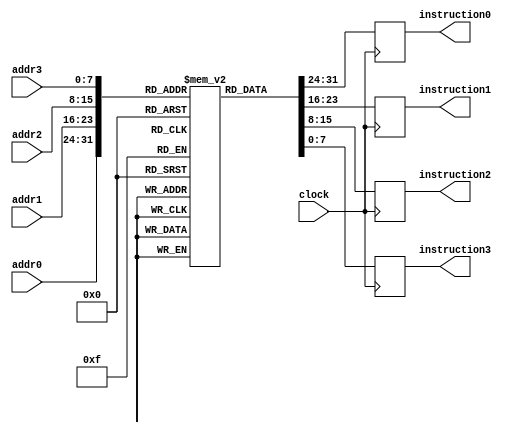
module instruction_memory_mod(
input clock,
input [7:0] addr0,addr1,addr2,addr3,
output reg [7:0] instruction0,instruction1,instruction2,instruction3 );

reg [7:0] ram [255:0];

parameter EN0 =8'd3;
parameter EN1 =8'd4;
parameter EN2 =8'd5;
parameter EN3 =8'd6;
parameter ENALL =8'd7;
parameter RSTALL =8'd8;
parameter LODAC =8'd9;
parameter MACCI =8'd11;
parameter MACCJ =8'd12;
parameter MACCK =8'd13;
parameter MVSKR =8'd14;
parameter MVSIR =8'd15;
parameter MVSJR =8'd16;
parameter MCIAC =8'd17;
parameter MCJAC =8'd18;
parameter MCKAC =8'd19;
parameter MAAAR =8'd20;
parameter MVACR =8'd21;
parameter MABAR =8'd22;
parameter MTACR =8'd23;
parameter MACTA =8'd24;
parameter MVRAC =8'd25;
parameter MADAR =8'd26;
parameter STOAC =8'd27;
parameter RSTAC =8'd28;
parameter RSTSJ =8'd29;
parameter RSTSK =8'd30;
parameter INCSI =8'd31;
parameter INCSJ =8'd32;
parameter INCSK =8'd33;
parameter SUBTR =8'd34;
parameter MULTI =8'd35;
parameter ADDIT =8'd36;
parameter END =8'd38;
parameter JUMNZ =8'd40;

initial begin
ram[0]=RSTALL;
ram[1]=LODAC;
ram[2]=MACCI;
ram[3]=LODAC;
ram[4]=MACCJ;
ram[5]=LODAC;
ram[6]=MACCK;

ram[7]=EN0;
ram[8]=MAAAR;
ram[9]=LODAC;
ram[10]=MVACR;
ram[11]=MABAR;
ram[12]=LODAC;

ram[13]=ENALL;
ram[14]=MULTI;
ram[15]=MTACR;
ram[16]=ADDIT;
ram[17]=MACTA;

ram[18]=INCSJ;
ram[19]=MVSJR;
ram[20]=MCJAC;
ram[21]=SUBTR;
ram[22]=JUMNZ;
ram[23]=8'd7;

ram[24]=MTACR;
ram[25]=MVRAC;
ram[26]=MADAR;
ram[27]=STOAC;

ram[28]=RSTAC;
ram[29]=MACTA;
ram[30]=INCSK;
ram[31]=RSTSJ;
ram[32]=MVSKR;
ram[33]=MCKAC;
ram[34]=SUBTR;
ram[35]=JUMNZ;
ram[36]=8'd7;

ram[37]=ENALL;
ram[38]=INCSI;
ram[39]=MVSIR;
ram[40]=MCIAC;
ram[41]=SUBTR;
ram[42]=END;

ram[43]=RSTSJ;
ram[44]=RSTSK;
ram[45]=JUMNZ;
ram[46]=8'd7;

end


always @(posedge clock) 
begin
        instruction0 <= ram[addr0];
        instruction1 <= ram[addr1];
        instruction2 <= ram[addr2];
        instruction3 <= ram[addr3];
end
endmodule